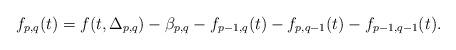
LaTeX: \begin{align*}f_{p,q}(t)=f(t,\Delta_{p,q})-\beta_{p,q}-f_{p-1,q}(t)-f_{p,q-1}(t)-f_{p-1,q-1}(t). \end{align*}